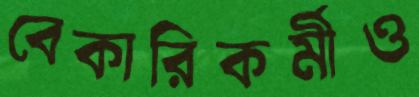
বেকারিকর্মীও